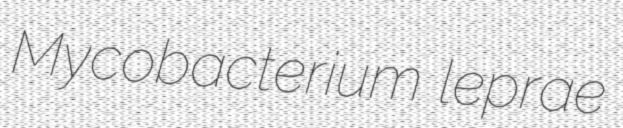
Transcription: Mycobacterium leprae